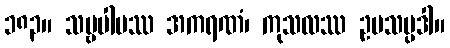
၁၈၃။ သဗ္ဗပါပဿ အကရဏံ၊ ကုသလဿ ဥပသမ္ပဒါ။